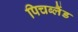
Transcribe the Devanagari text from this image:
पिचब्लैंड